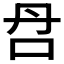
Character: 𰇋